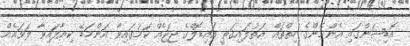
އޮޑިޝަންގައި އެންމެންގެ ހިތްތައް އަތުލައިގަތީ އައިޑޮލްގެ ޖަޖެއް ކަމުގައިވާ އަންމަޑޭ ކިޔާފައިވާ ލަވައެއް